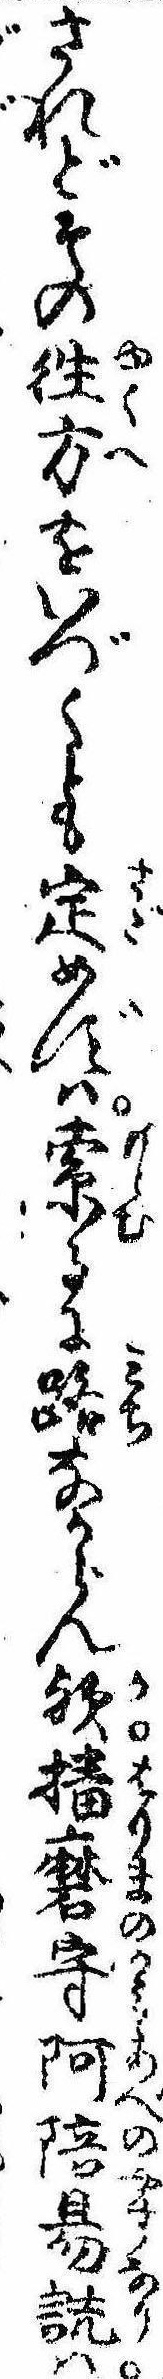
されどその往方をいづくとも定めずは索るに路なからん歟播磨守阿陪易詵は